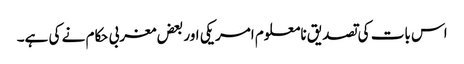
اس بات کی تصدیق نامعلوم امریکی اور بعض مغربی حکام نے کی ہے۔